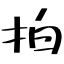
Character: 拍